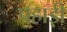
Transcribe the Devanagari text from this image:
पहाड़़ी